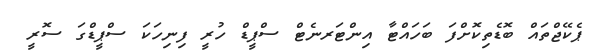
ޕެކޭޖްތައް ބޮޑެތިކޮށްފަ ބަހައްޓާ އިންޓަރނެޓް ސްޕީޑް ހުރީ ފިނިހަކަ ސްޕީޑްގަ ސޮރީ